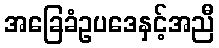
အခြေခံဥပဒေနှင့်အညီ